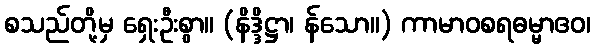
စသည်တို့မှ ရှေးဦးစွာ။ (နိဒ္ဒိဋ္ဌာ၊ န်သော။) ကာမာဝစရဓမ္မာဧဝ၊